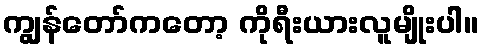
ကျွန်တော်ကတော့ ကိုရီးယားလူမျိုးပါ။